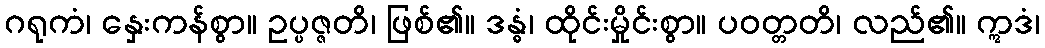
ဂရုကံ၊ နှေးကန်စွာ။ ဥပ္ပဇ္ဇတိ၊ ဖြစ်၏။ ဒန္ဓံ၊ ထိုင်းမှိုင်းစွာ။ ပဝတ္တတိ၊ လည်၏။ ဣဒံ၊